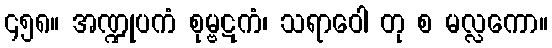
၄၅၈။ အဏ္ဍုပကံ စုမ္ဗဋကံ၊ သရာဝေါ တု စ မလ္လကော။